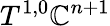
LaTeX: T^{1,0}\mathbb{C}^{n+1}